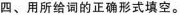
四、用所给词的正确形式填空。